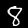
Digit: 8